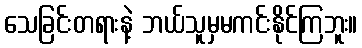
သေခြင်းတရားနဲ့ ဘယ်သူမှမကင်းနိုင်ကြဘူး။